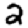
Digit: 2